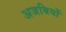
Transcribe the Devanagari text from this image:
अजबियों